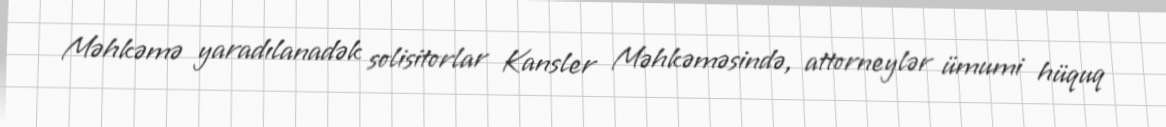
Məhkəmə yaradılanadək solisitorlar Kansler Məhkəməsində, attorneylər ümumi hüquq